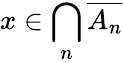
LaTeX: x\in\bigcap_{n}{\overline{{A_{n}}}}